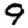
Digit: 9